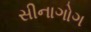
સીનાગોગ